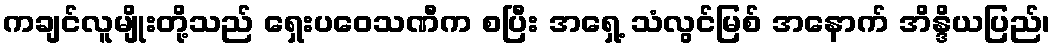
ကချင်လူမျိုးတို့သည် ရှေးပဝေသဏီက စပြီး အရှေ့ သံလွင်မြစ် အနောက် အိန္ဒိယပြည်၊